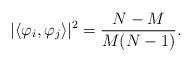
LaTeX: \begin{align*}|\langle\varphi_{i},\varphi_{j}\rangle|^{2}=\frac{N-M}{M(N-1)}.\end{align*}